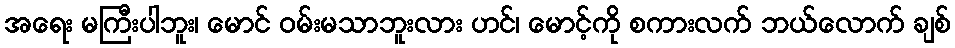
အရေး မကြီးပါဘူး၊ မောင် ဝမ်းမသာဘူးလား ဟင်၊ မောင့်ကို စကားလက် ဘယ်လောက် ချစ်